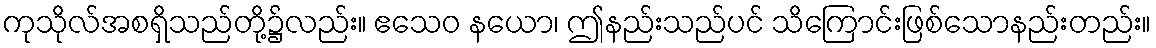
ကုသိုလ်အစရှိသည်တို့၌လည်း။ ဧသေဝ နယော၊ ဤနည်းသည်ပင် သိကြောင်းဖြစ်သောနည်းတည်း။